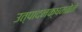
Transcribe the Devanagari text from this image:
उत्पादनक्षमतेने